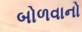
બોળવાનો